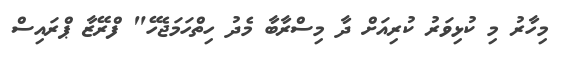
މިހާރު މި ކުޅިވަރު ކުރިއަށް ދާ މިސްރާބާ މެދު ހިތްހަމަޖެހޭ" ފްރޭޒާ ޕްރައިސް